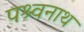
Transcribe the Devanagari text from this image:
पश्र्वनाथ